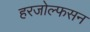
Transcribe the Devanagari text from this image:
हरजोल्फसन